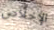
الإخلاص